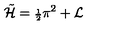
{ \tilde { { \cal H } } } = { \scriptstyle \frac { 1 } { 2 } } \pi ^ { 2 } + { \cal L }